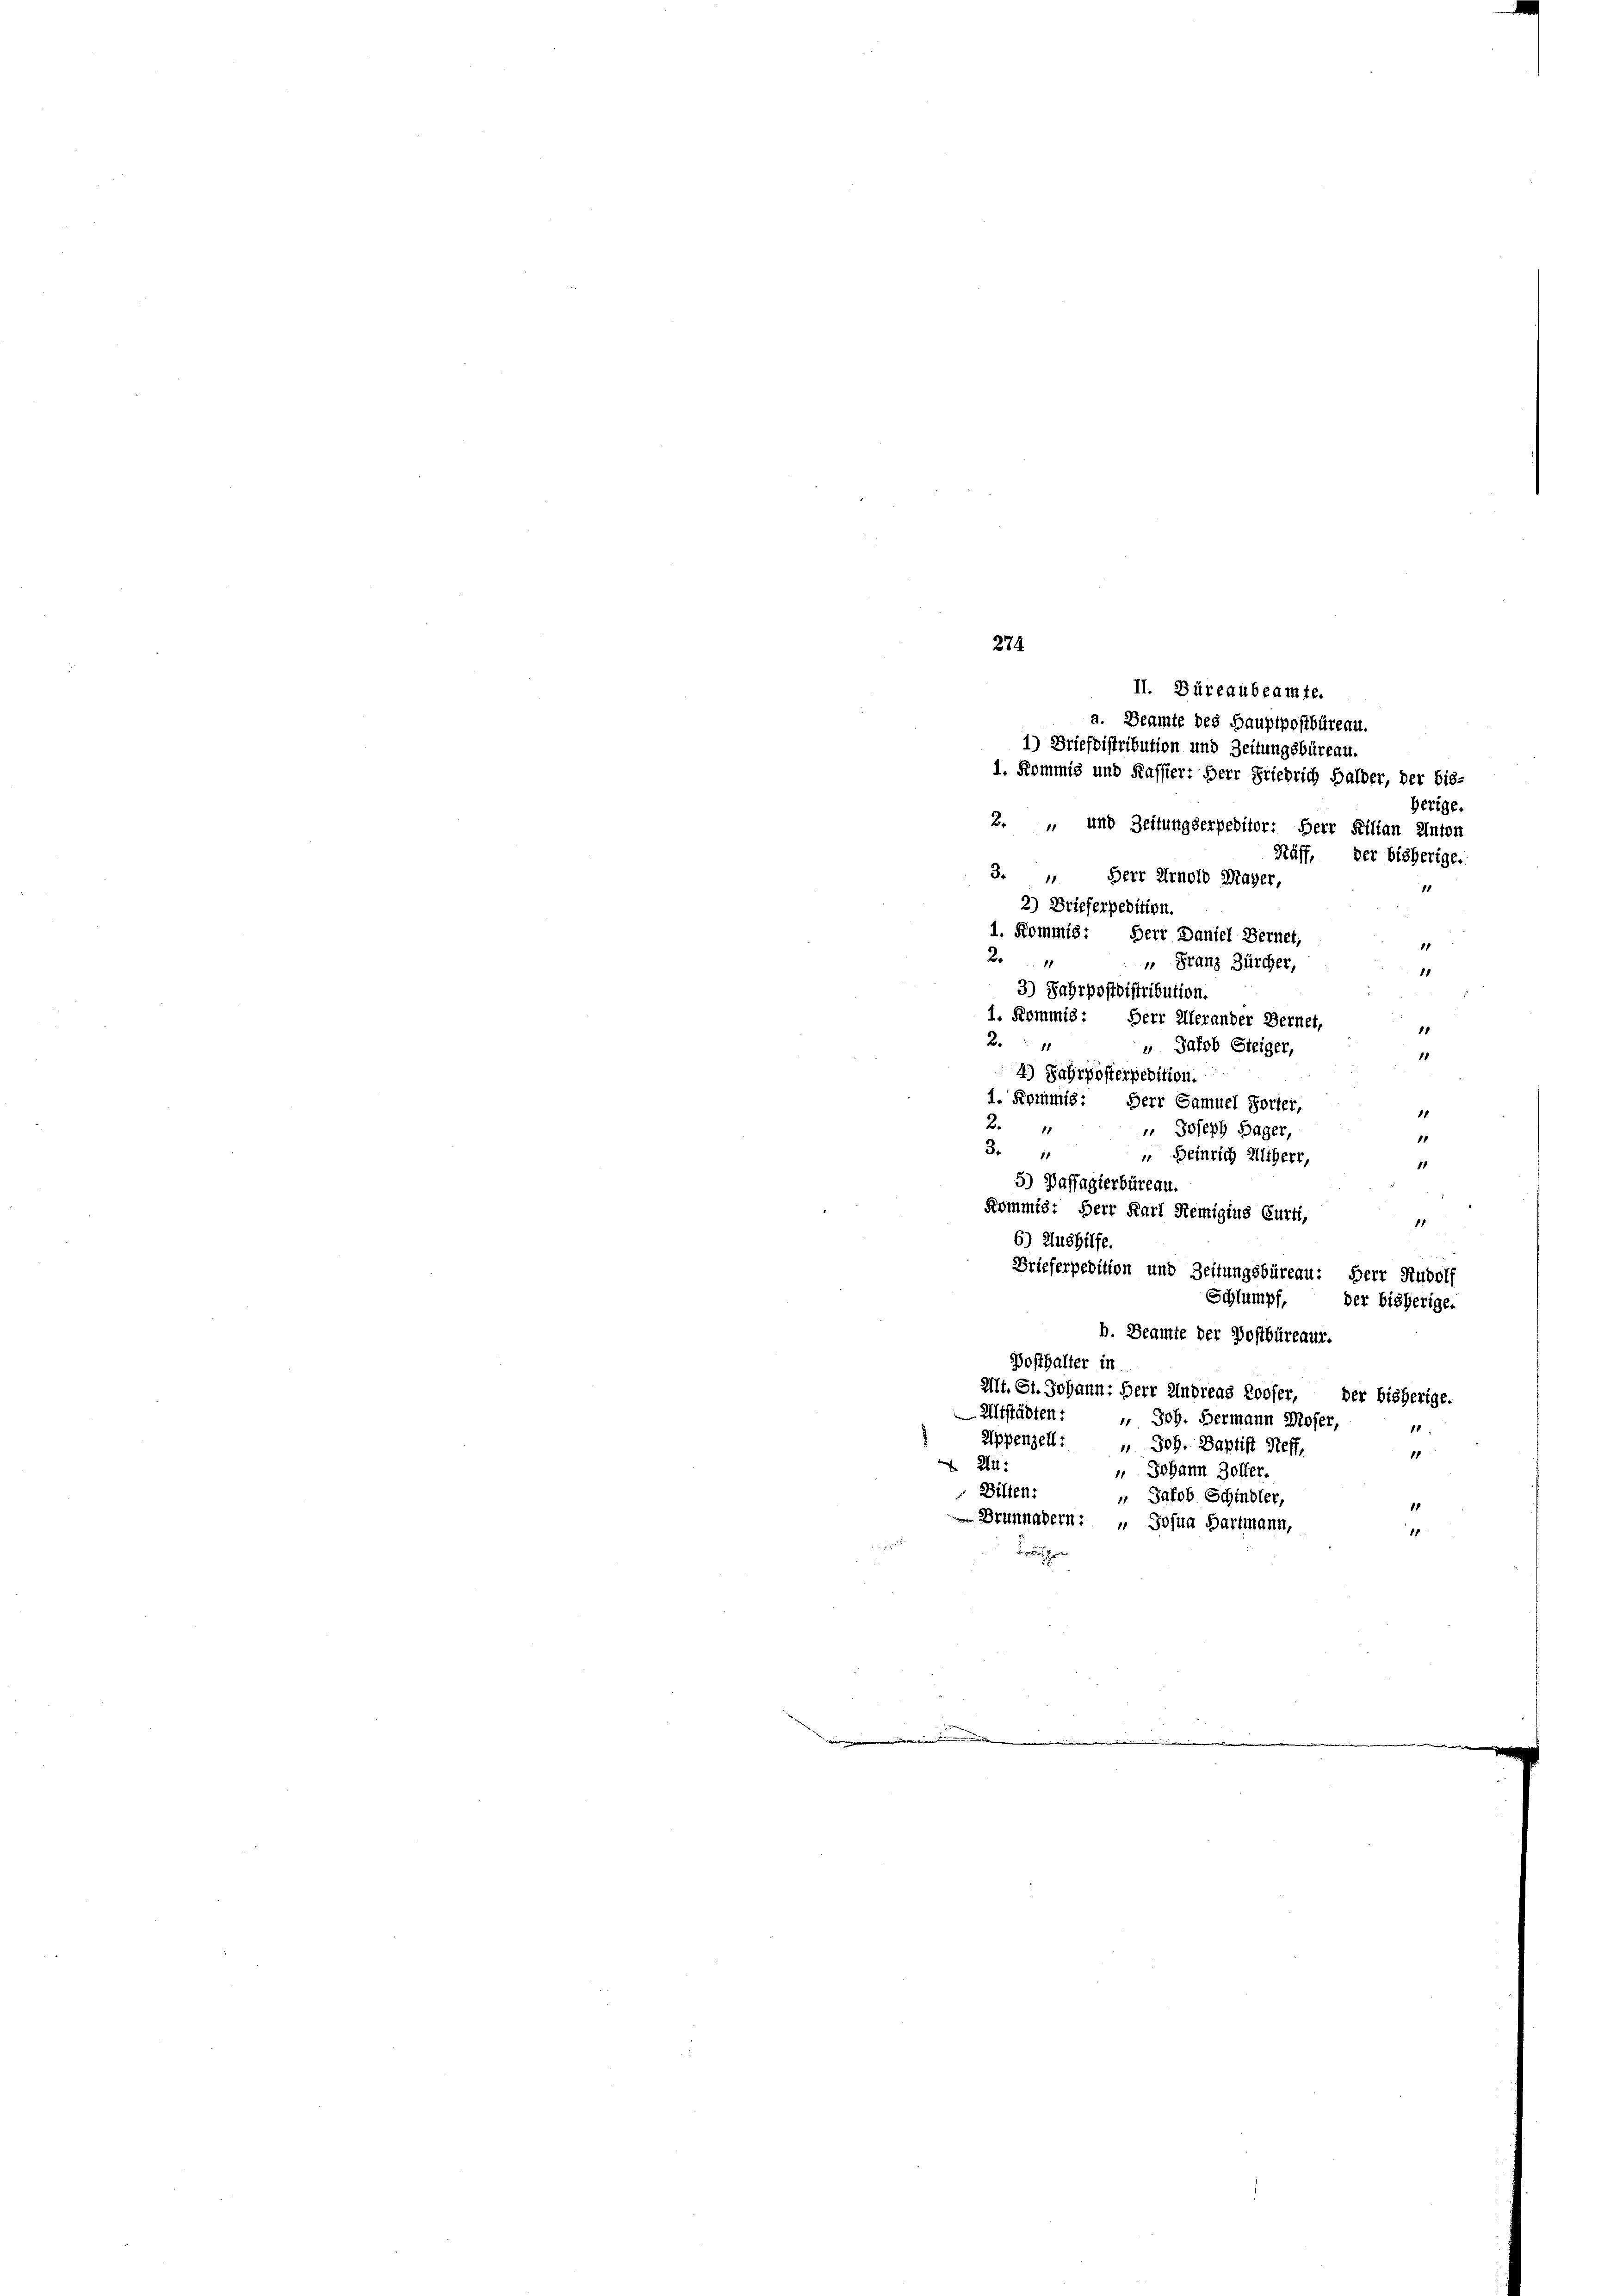
herige.
Ruff, der bisherige.
2
4) Jahrposterpedition.
1. Kommis: Herr Samuel Zotter,
1
2.
11
 Joseph Hager,
11
3.
11
 Heinrich Altherr,
18
5) Passagierbüreau.
Kommis: Herr Karl Remigius Curti,
11
6) Aushilfe.
Brieferpedition und Zeitungsbüreau: Herr Rudolf
Schlumpf, der bisherige.
b. Beamte der Postbüreaur.
Posthalter in
Alt. St. Johann: Herr Andreas Looser, der bisherige.
Altstädten.
 Joh. Bermann Moser
11
Appenzell: " Joh. Baptist Steff,
1
24:
 Johann Zoller.
Bilten:
 Jakob Schindler,
1
Brunnadern: " Josua Hartmann,
1

274.
II. Büreaubeamte.
a. Beamte des Hauptpostbüreau.
1) Brieflistribution und Zeitungsbüreau.
1. Kommis und Kassier: Herr Friedrich Halder, der bis-
2. und Zeitungserpebitor: Herr Kilian Anton
3. " Herr Arnold Mayer,
2) Brieferpedition.
1. Kommis: Herr Daniel Bernet,

Franz Zürcher,
3) Fahrpostdistribution.
1. Kommis: Herr Allerander Bernet,
24
 Jakob Steiger,

11
11
11
1
18